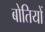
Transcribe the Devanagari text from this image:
बोतियों